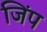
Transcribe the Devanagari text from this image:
जिंप